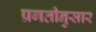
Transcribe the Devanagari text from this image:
प्रगतीनुसार